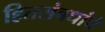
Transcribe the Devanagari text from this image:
हितसंबधांचे